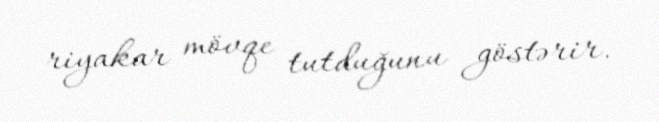
riyakar mövqe tutduğunu göstərir.